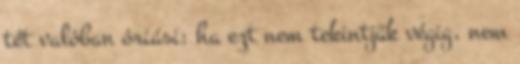
tét valóban óriási: ha ezt nem tekintjük végig, nem